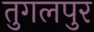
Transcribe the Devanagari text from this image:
तुगलपुर